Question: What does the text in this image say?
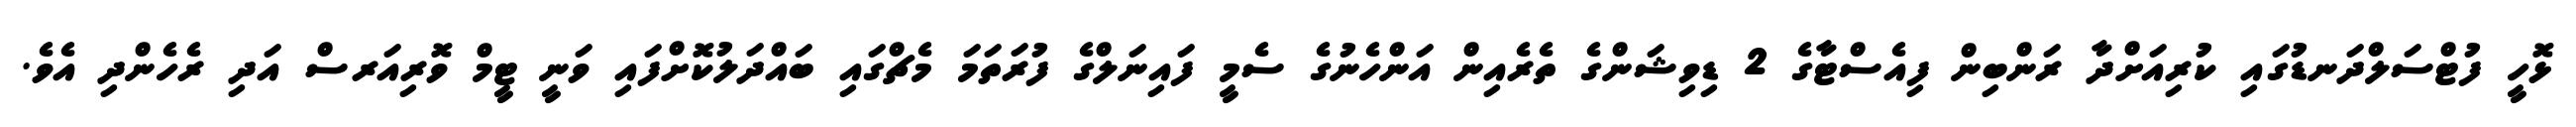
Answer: ޅޮހީ ފުޓްސަލްދަނޑުގައި ކުރިއަށްދާ ރަންބިން ފިއެސްޓާގެ 2 ޑިވިޝަންގެ ތެރެއިން އަންހެނުގެ ސެމީ ފައިނަލްގެ ފުރަތަމަ މެޗްގައި ބައްދަލުކޮށްފައި ވަނީ ޓީމް ވޮރިއަރސް އަދި ރެހެންދި އެވެ.